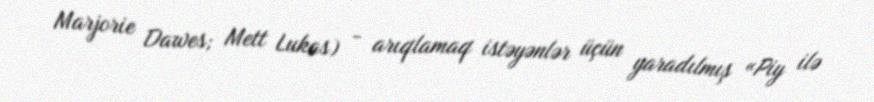
Marjorie Dawes; Mett Lukas) - arıqlamaq istəyənlər üçün yaradılmış «Piy ilə